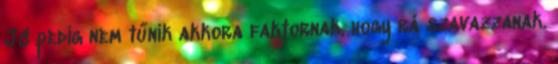
JC pedig nem tűnik akkora faktornak, hogy rá szavazzanak.